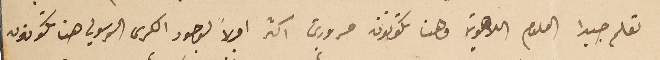
تعلم جيدا العلوم اللاهوتيه وهنا تكونون مسرورين اكثر اولاً بوجود الكرسى الرسولي هنا تكونون